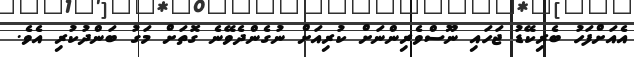
އެއަށްފަހު ބެރިކޭޑު ޖަހައި ނޫސްވެރިންނަށް ކުރިއަށް ނުގެންދެވޭނެ ގޮތަށް މަގު ބަންދުކުރި އެވެ.